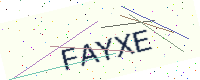
Text: FAYXE